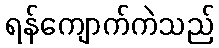
ရန်ကျောက်ကဲသည်